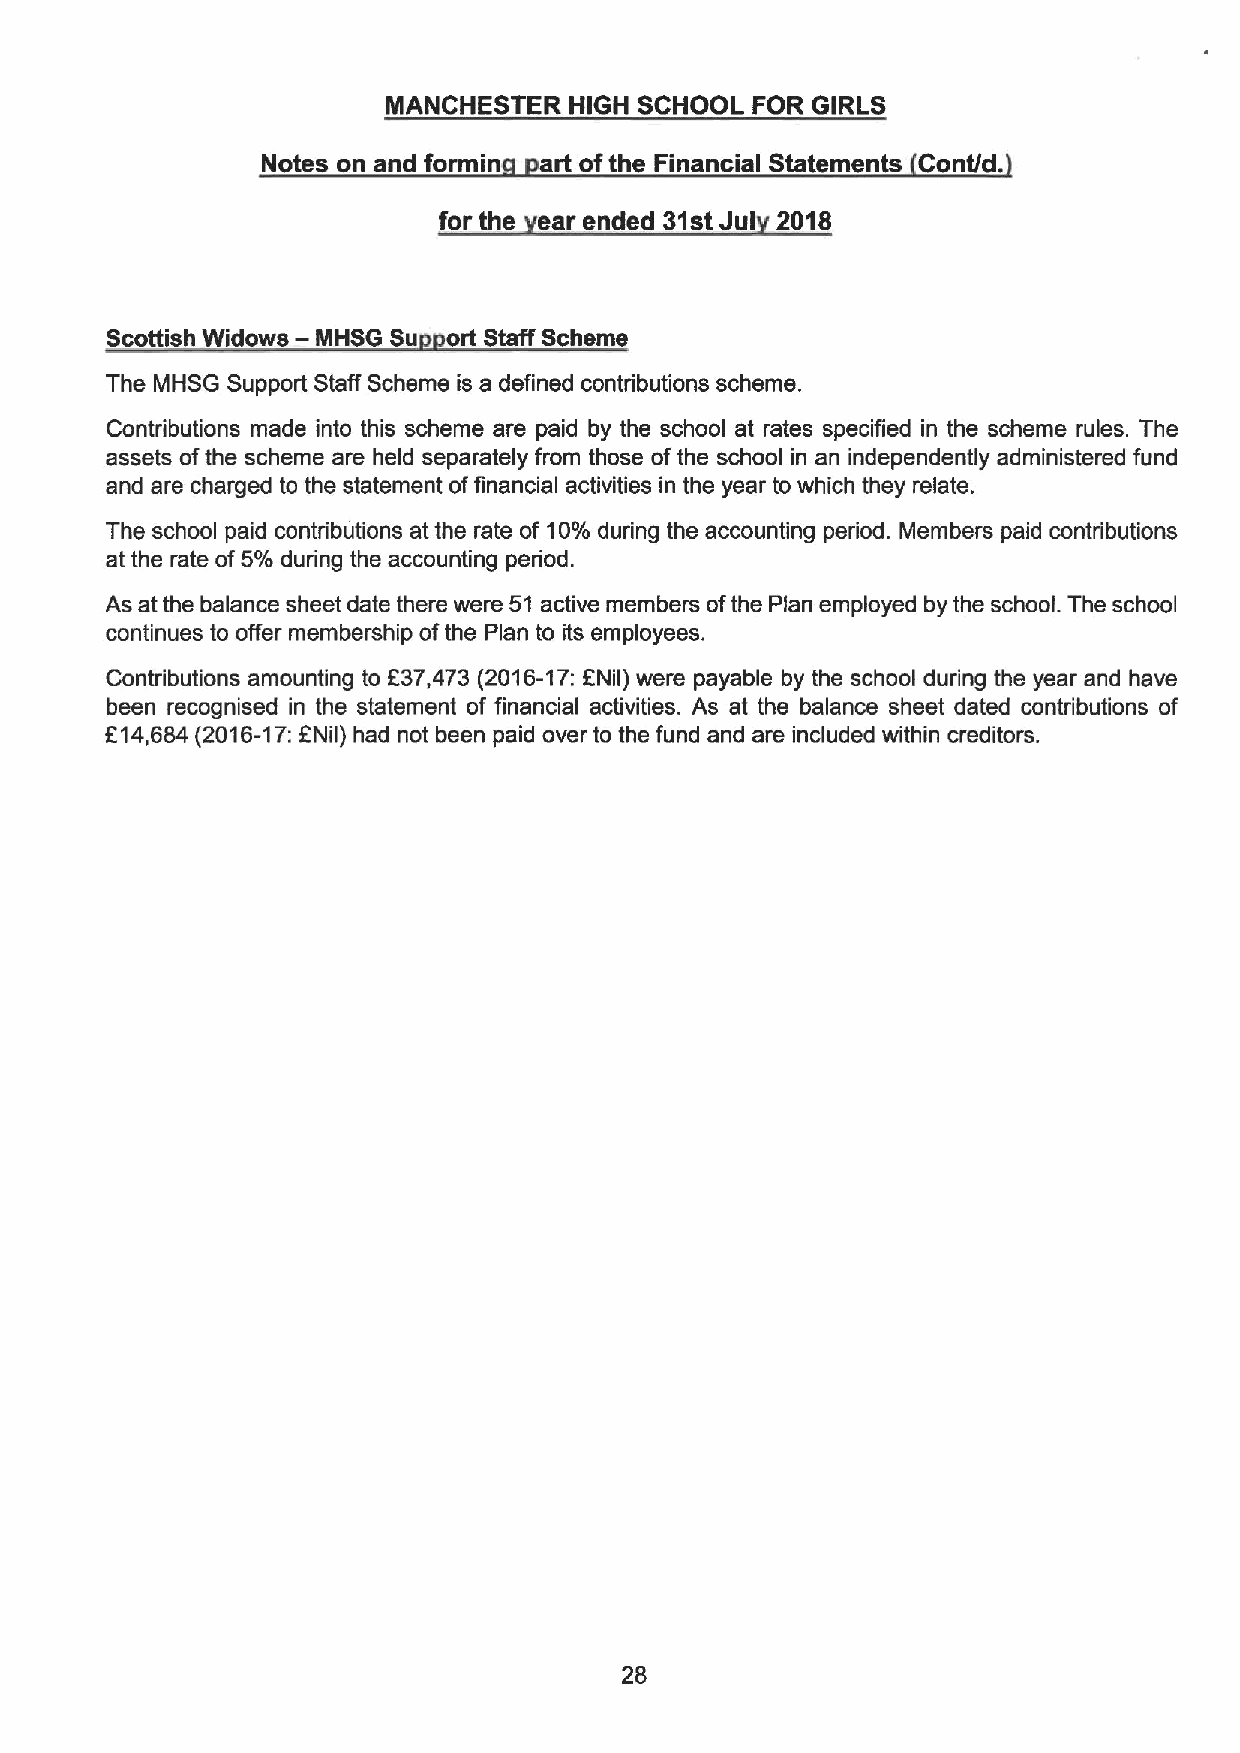
MANCHESTER  HIGH SCHOOL FOR GIRLS
 Notes on and formin art ofthe Financial Statements Cont/d.
 for the ear ended 31stJul 2018
 —
 Scottish Widows MHSG Su ort Staff Scheme
 The MHSG Support Staff Scheme is a defined contributions scheme.
 Contributions made into this scheme are paid by the school at rates specified in the scheme rules. The
 assets ofthe scheme are held separately from those of the school in an independently administered fund
 and are charged to the statement offinancial activities in the year to which they relate.
 The school paid contributions at the rate of 10%during the accounting period. Members paid contributions
 at the rate of5%during the accounting period.
 As at the balance sheet date there were 51 active members ofthe Plan employed by the school. The school
 continues to offer membership ofthe Plan to its employees.
 Contributions amounting to F37,473 (2016-17: ENil) were payable by the school during the year and have
 been recognised in the statement of financial activities. As at the balance sheet dated contributions of
 f14,684 (2016-17:FNil) had not been paid over to the fund and are included within creditors.
 28